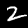
Digit: 2